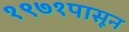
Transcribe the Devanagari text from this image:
१९७१पासून